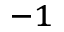
^ { - 1 }